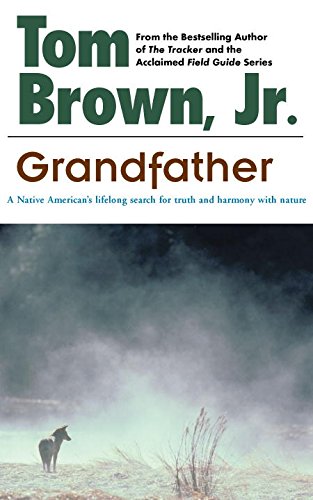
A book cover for Grandfather: A Native American's Lifelong Search for Truth and Harmony with Nature; Tom Brown; Religion & Spirituality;